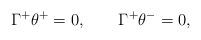
LaTeX: \begin{align*}\Gamma^+\theta^+=0, \qquad \Gamma^+\theta^-=0,\end{align*}